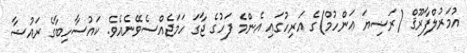
އުމަރުލްފާރޫޤް (ރަޟިޔަ ޢަންހުމް)ގެ އަރިހުގައި އެންމެ ފަހުގެ ޖާގަ ހަމަޖެއްސެވޭނެއެވެ. ކައުސާހިބާގެ ރައުޟާ